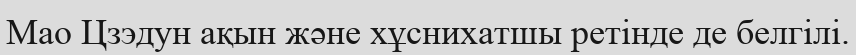
Мао Цзэдун ақын және хұснихатшы ретінде де белгілі.